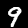
Digit: 9